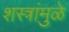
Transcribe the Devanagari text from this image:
शस्त्रांमु़ळे